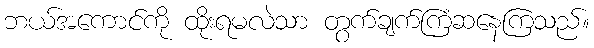
ဘယ်အကောင်ကို ထိုးရမလဲသာ တွက်ချက်ကြံဆနေကြသည်။